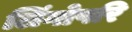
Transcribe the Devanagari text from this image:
लिंगोपरि